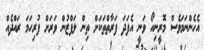
އެހެންނަމަވެސް މޮރީނިއޯ ވަނީ އެފަދަ ފަރާތްތަކަށް ތިން ލަފްޒުން ވަރަށް ފުރިހަމަ ރައްދެއް